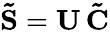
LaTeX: \mathbf{\tilde{S}}=\mathbf{U}\, \mathbf{\tilde{C}}